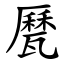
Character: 㽁